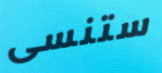
ستنسى